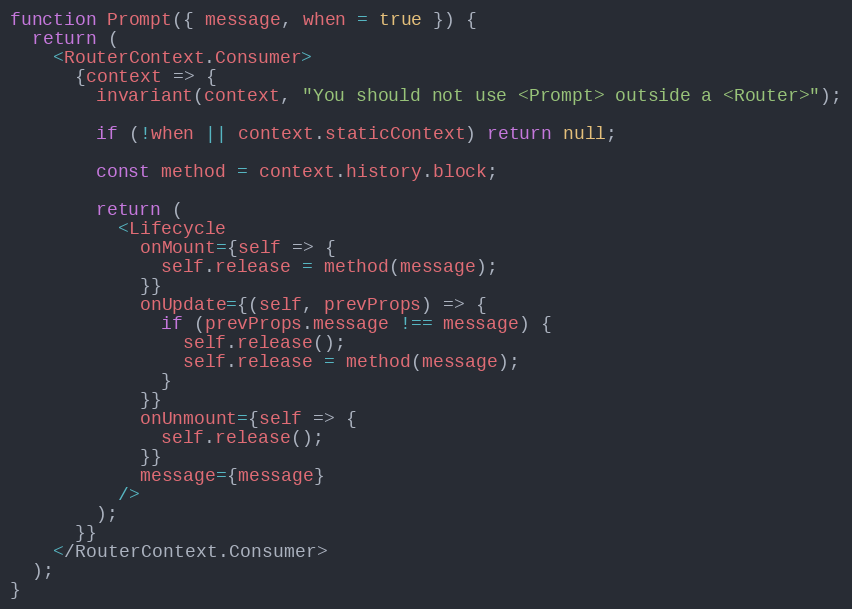
Language: JavaScript
function Prompt({ message, when = true }) {
  return (
    <RouterContext.Consumer>
      {context => {
        invariant(context, "You should not use <Prompt> outside a <Router>");

        if (!when || context.staticContext) return null;

        const method = context.history.block;

        return (
          <Lifecycle
            onMount={self => {
              self.release = method(message);
            }}
            onUpdate={(self, prevProps) => {
              if (prevProps.message !== message) {
                self.release();
                self.release = method(message);
              }
            }}
            onUnmount={self => {
              self.release();
            }}
            message={message}
          />
        );
      }}
    </RouterContext.Consumer>
  );
}